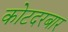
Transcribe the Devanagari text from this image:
कोटदरबार